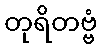
တုရိတဗ္ဗံ